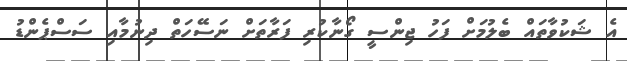
އެ ޝަކުވާތައް ބެލުމަށް ފަހު ޖިންސީ ގޯނާކުރި ފަރާތަށް ނަސޭހަތް ދިނުމާއި ސަސްޕެންޑު